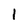
Character: 1